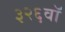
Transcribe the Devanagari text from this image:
३२६वॉ